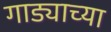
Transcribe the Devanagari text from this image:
गाड्याच्या